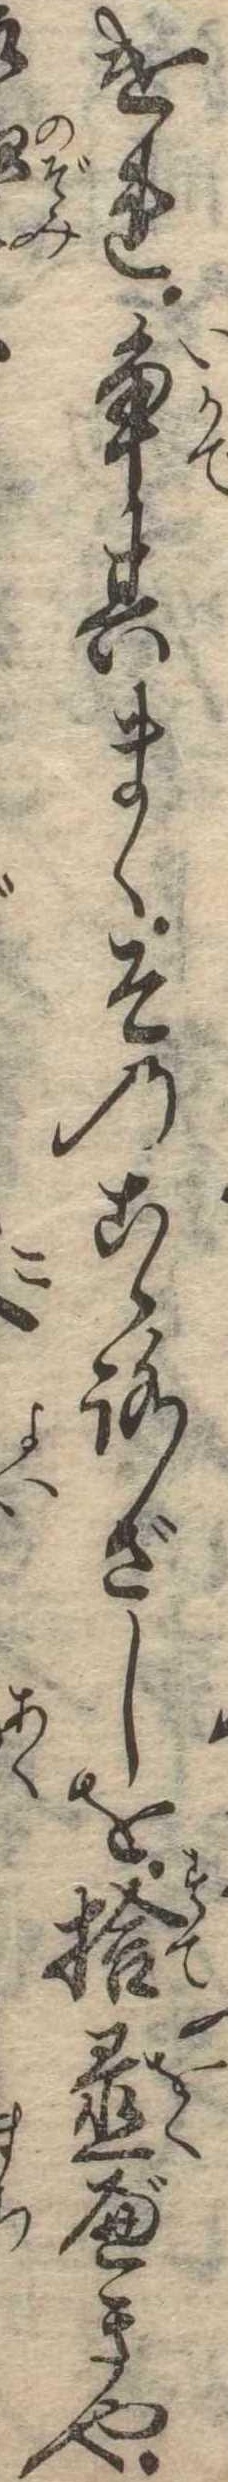
けれ争其まゝそのこゝろざしを捨置べきや